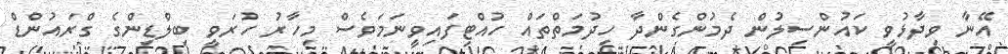
އޭނާ ވިދާޅުވީ ކައުންސިލުން ދެމުންގެންދާ ހިދުމަތްތައް ހުއްޓިފައިވީނަމަވެސް މިހާރު ހުރަވީ ބިލްޑިންގެ ގްރައުންޑް